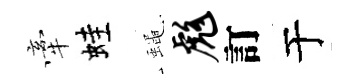
牽蛙蠅彪訂于